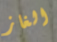
الغاز